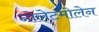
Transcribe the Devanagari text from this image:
नोलेटमोलेन